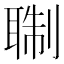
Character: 䎺